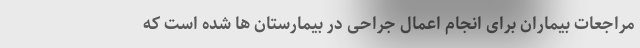
مراجعات بیماران برای انجام اعمال جراحی در بیمارستان ها شده است که